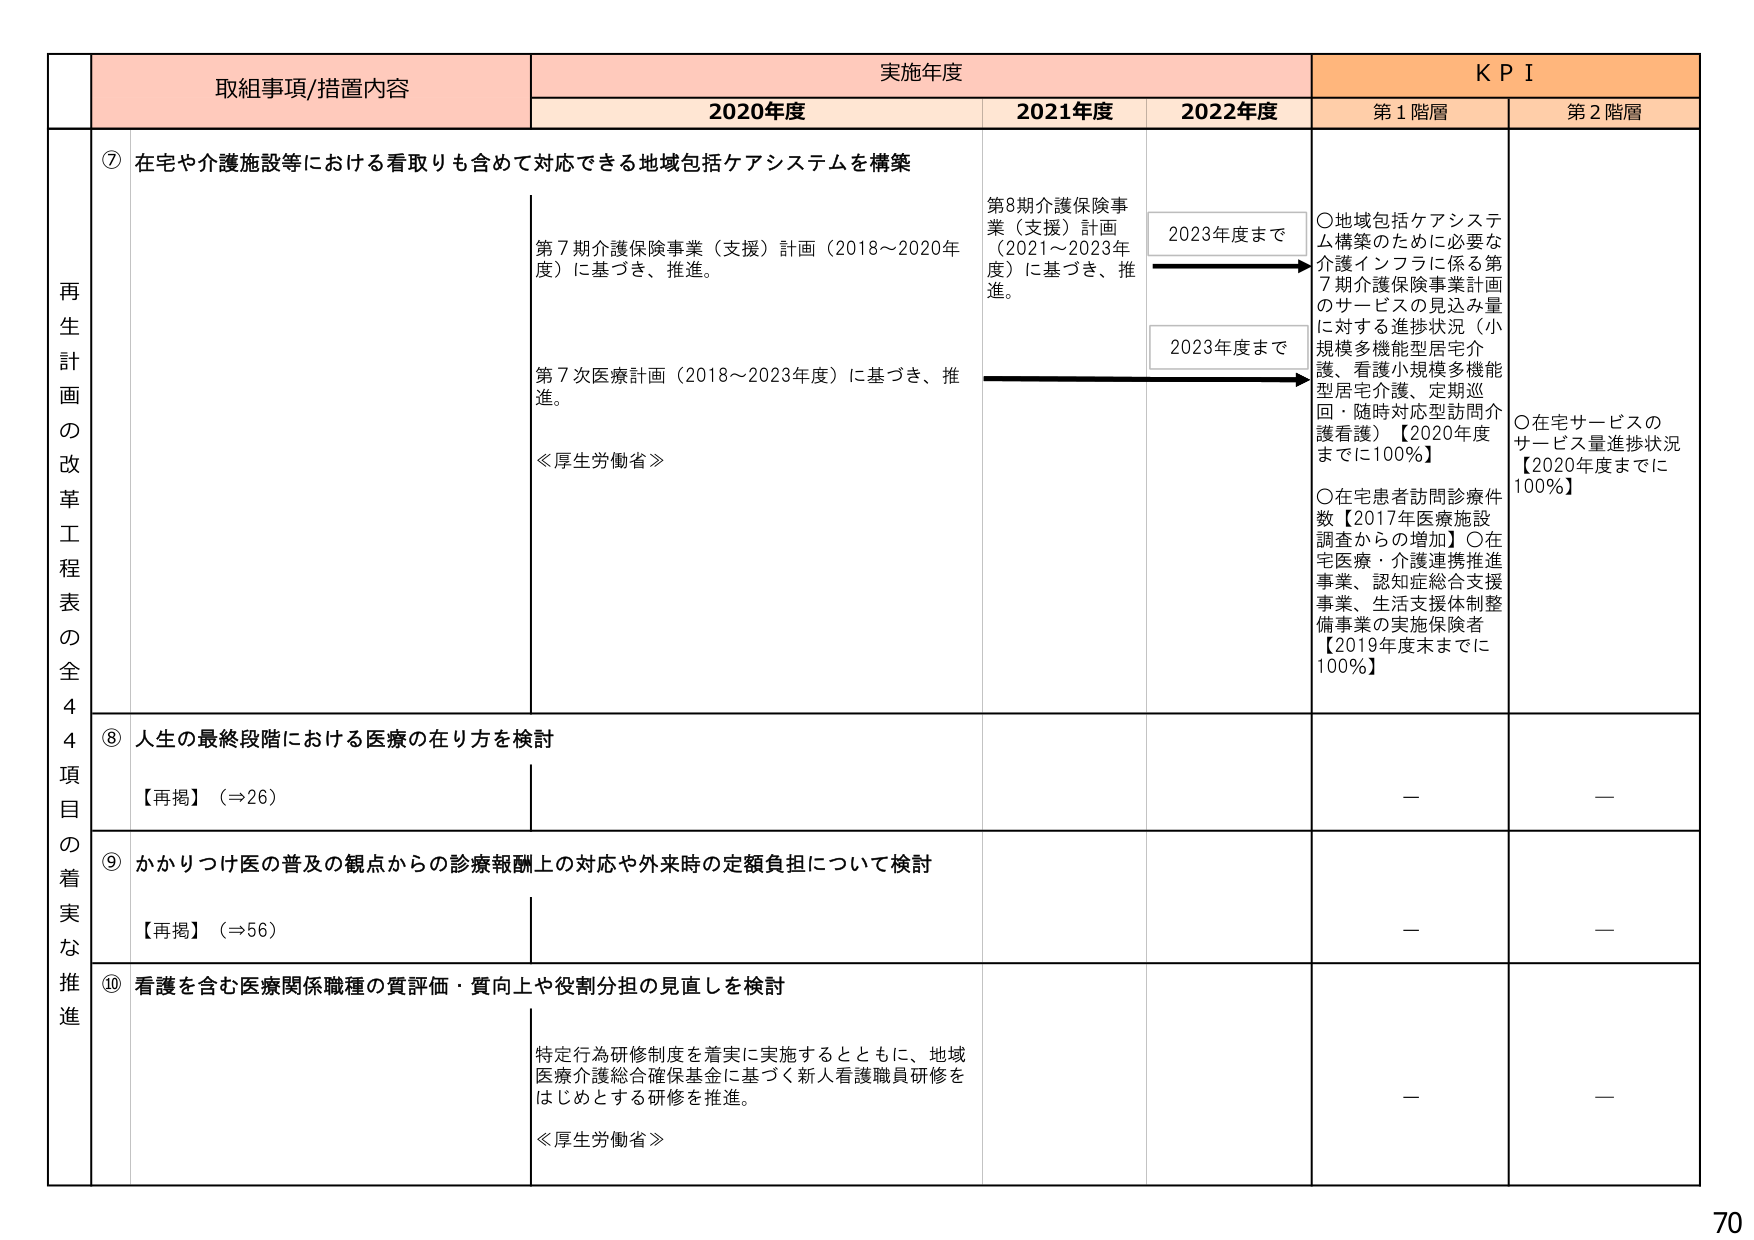
再生計画の改革工程表の全44項目の着実な推進

取組事項/措置内容

実施年度

KPI

2020年度

2021年度

2022年度

第1階層

第2階層

⑦ 在宅や介護施設等における看取りも含めて対応できる地域包括ケアシステムを構築

第7期介護保険事業（支援）計画（2018～2020年度）に基づき、推進。

第7次医療計画（2018～2023年度）に基づき、推進。

≪厚生労働省≫

第8期介護保険事業（支援）計画（2021～2023年度）に基づき、推進。

2023年度まで

2023年度まで

○地域包括ケアシステム構築のために必要な介護インフラに係る第7期介護保険事業計画のサービスの見込み量に対する進捗状況（小規模多機能型居宅介護、看護小規模多機能型居宅介護、定期巡回・随時対応訪問介護看護）【2020年度までに100％】

○在宅患者訪問診療件数【2017年医療施設調査からの増加】○在宅医療・介護連携推進事業、認知症総合支援事業、生活支援体制整備事業の実施保険者【2019年度末までに100％】

○在宅サービスのサービス量進捗状況【2020年度までに100％】

⑧ 人生の最終段階における医療の在り方を検討

【再掲】（⇒26）

—

—

⑨ かかりつけ医の普及の観点からの診療報酬上の対応や外来時の定額負担について検討

【再掲】（⇒56）

—

—

⑩ 看護を含む医療関係職種の質評価・質向上や役割分担の見直しを検討

特定行為研修制度を着実に実施するとともに、地域医療介護総合確保基金に基づく新人看護職員研修をはじめとする研修を推進。

≪厚生労働省≫

—

—

70